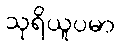
သုရိယူပမာ